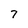
Character: 7